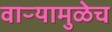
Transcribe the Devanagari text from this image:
वाऱ्यामुळेच